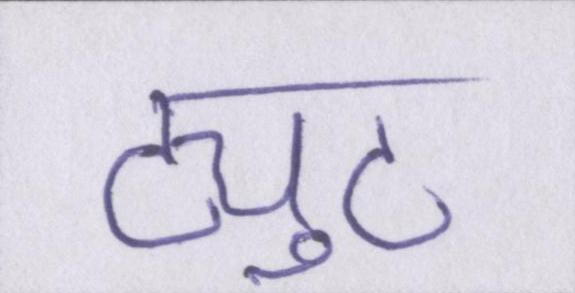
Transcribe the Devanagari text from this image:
ट्युट